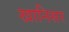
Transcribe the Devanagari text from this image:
खानिसर